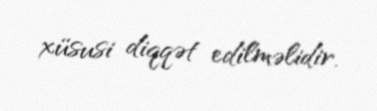
xüsusi diqqət edilməlidir.